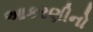
આકરણીનો